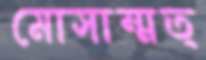
মোসাম্মত্